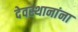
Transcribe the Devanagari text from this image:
देवस्थानांना